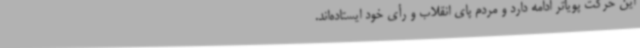
این حرکت پویاتر ادامه دارد و مردم پای انقلاب و رأی خود ایستاده‌اند.